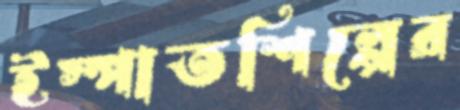
ইস্পাতশিল্পের